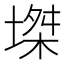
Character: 𡏝